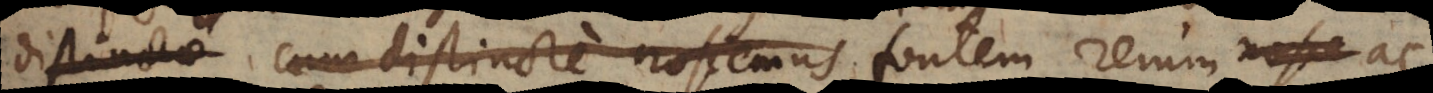
distinctae cum distincte noscemus fontem rerum nosce